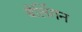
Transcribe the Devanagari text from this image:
बेलिंगन